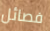
فصائل